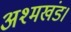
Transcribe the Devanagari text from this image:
अश्मखंड।